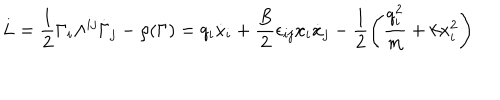
LaTeX: L = \frac { 1 } { 2 } \Gamma _ { i } \Lambda ^ { i j } \dot { \Gamma } _ { j } - \rho ( \Gamma ) = q _ { i } \dot { x } _ { i } + \frac { B } { 2 } \epsilon _ { i j } x _ { i } \dot { x } _ { j } - \frac { 1 } { 2 } \left( \frac { q _ { i } ^ { 2 } } { m } + k x _ { i } ^ { 2 } \right)